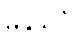
ဓနုသိပ္ပံ